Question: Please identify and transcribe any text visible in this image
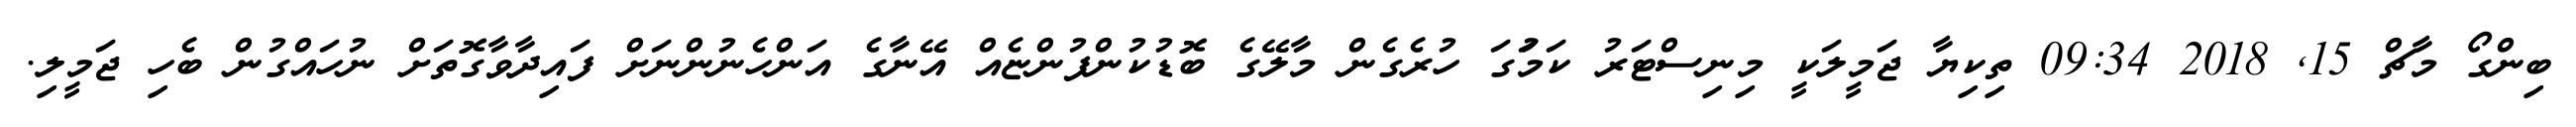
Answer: ބިންގޯ މާޗް 15, 2018 09:34 ތިކިޔާ ޖަމީލަކީ މިނިސްޓަރު ކަމަުގަ ހުރެގެން މާލޭގެ ބޮޑުކުންފުންޏެއް އޭނާގެ އަންހެނުންނަށް ފައިދާވާގޮތަށް ނުހައްގުން ބެހި ޖަމީލި.